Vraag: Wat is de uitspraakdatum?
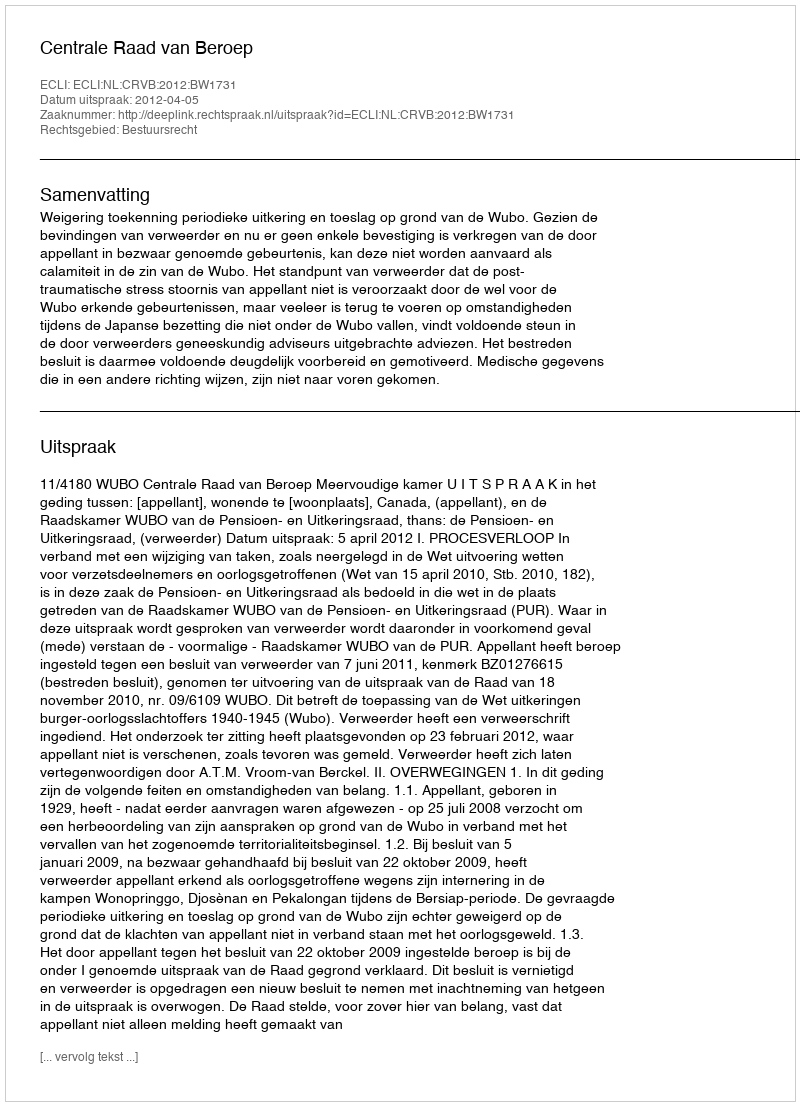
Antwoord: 2012-04-05